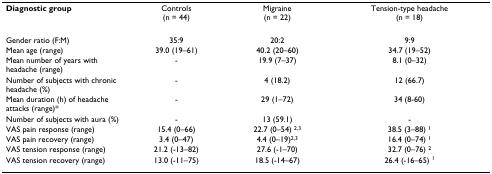
<table><thead><tr><td><b>Diagnostic group</b></td><td><b>Controls (n = 44)</b></td><td><b>Migraine (n = 22)</b></td><td><b>Tension-type headache (n = 18)</b></td></tr></thead><tbody><tr><td>Gender ratio (F:M)</td><td>35:9</td><td>20:2</td><td>9:9</td></tr><tr><td>Mean age (range)</td><td>39.0 (19–61)</td><td>40.2 (20–60)</td><td>34.7 (19–52)</td></tr><tr><td>Mean number of years with headache (range)</td><td>-</td><td>19.9 (7–37)</td><td>8.1 (0–32)</td></tr><tr><td>Number of subjects with chronic headache (%)</td><td>-</td><td>4 (18.2)</td><td>12 (66.7)</td></tr><tr><td>Mean duration (h) of headache attacks (range)*</td><td>-</td><td>29 (1–72)</td><td>34 (8-60)</td></tr><tr><td>Number of subjects with aura (%)</td><td>-</td><td>13 (59.1)</td><td>-</td></tr><tr><td>VAS pain response (range)</td><td>15.4 (0–66)</td><td>22.7 (0–54) <sup>2,3</sup></td><td>38.5 (3–88) <sup>1</sup></td></tr><tr><td>VAS pain recovery (range)</td><td>3.4 (0–47)</td><td>4.4 (0–19)<sup>2,3</sup></td><td>16.4 (0–74) <sup>1</sup></td></tr><tr><td>VAS tension response (range)</td><td>21.2 (-13–82)</td><td>27.6 (-1–70)</td><td>32.7 (0–76) <sup>2</sup></td></tr><tr><td>VAS tension recovery (range)</td><td>13.0 (-11–75)</td><td>18.5 (-14–67)</td><td>26.4 (-16–65) <sup>1</sup></td></tr></tbody></table>